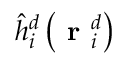
\hat { h } _ { i } ^ { d } \left( \textbf { r } _ { i } ^ { d } \right)